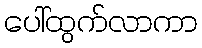
ပေါ်ထွက်လာကာ